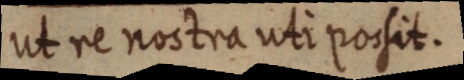
ut re nostra uti possit.